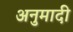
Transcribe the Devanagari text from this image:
अनुमादी